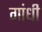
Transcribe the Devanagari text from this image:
गांंधी